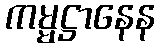
ကမ္မဋ္ဌာနေန